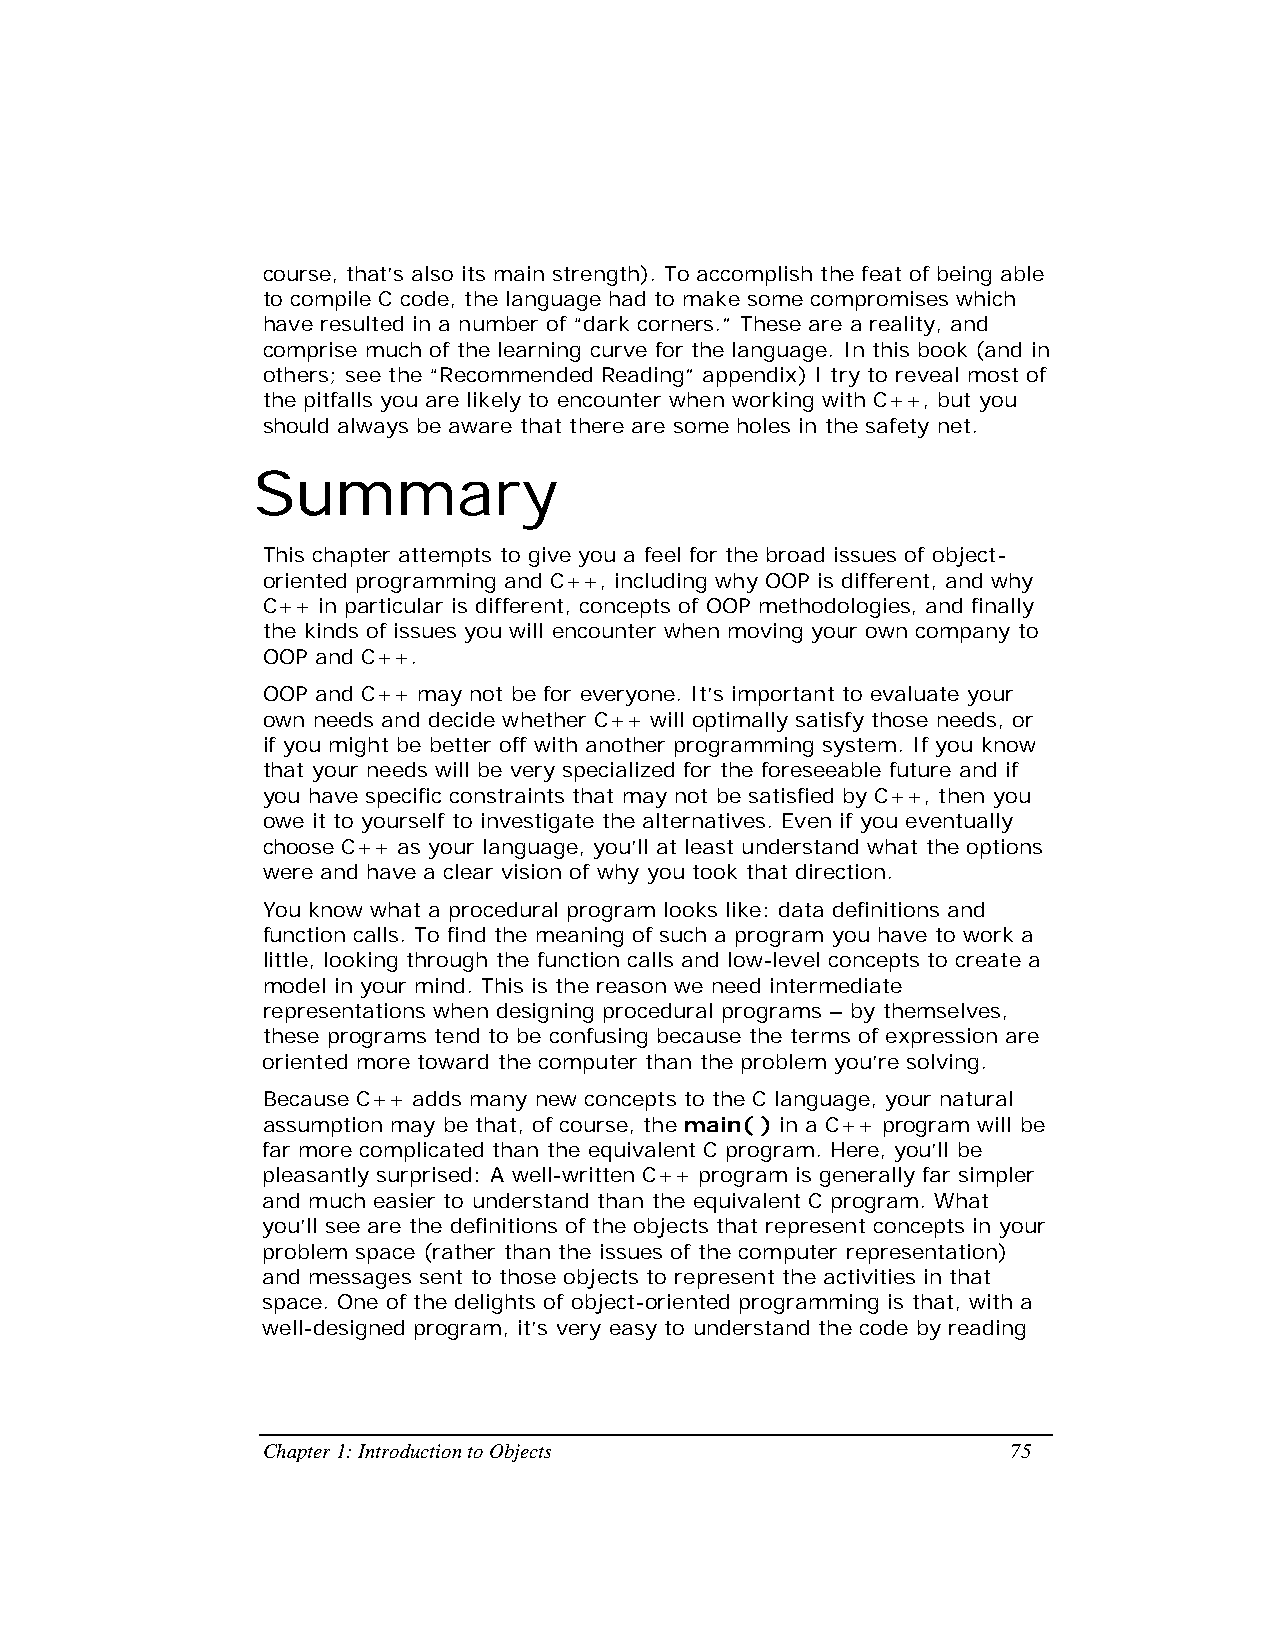
course, that’s also its main strength). To accomplish the feat of being able
 to compile C code, the language had to make some compromises which
 have resulted in a number of “dark corners.” These are a reality, and
 comprise much of the learning curve for the language. In this book (and in
 others; see the “Recommended Reading” appendix) I try to reveal most of
 the pitfalls you are likely to encounter when working with C++, but you
 should always be aware that there are some holes in the safety net.
 Summary
 This chapter attempts to give you a feel for the broad issues of object-
 oriented programming and C++, including why OOP is different, and why
 C++ in particular is different, concepts of OOP methodologies, and finally
 the kinds of issues you will encounter when moving your own company to
 OOP and C++.
 OOP and C++ may not be for everyone. It’s important to evaluate your
 own needs and decide whether C++ will optimally satisfy those needs, or
 if you might be better off with another programming system. If you know
 that your needs will be very specialized for the foreseeable future and if
 you have specific constraints that may not be satisfied by C++, then you
 owe it to yourself to investigate the alternatives. Even if you eventually
 choose C++ as your language, you’ll at least understand what the options
 were and have a clear vision of why you took that direction.
 You know what a procedural program looks like: data definitions and
 function calls. To find the meaning of such a program you have to work a
 little, looking through the function calls and low-level concepts to create a
 model in your mind. This is the reason we need intermediate
 representations when designing procedural programs – by themselves,
 these programs tend to be confusing because the terms of expression are
 oriented more toward the computer than the problem you’re solving.
 Because C++ adds many new concepts to the C language, your natural
 assumption may be that, of course, the main( ) in a C++ program will be
 far more complicated than the equivalent C program. Here, you’ll be
 pleasantly surprised: A well-written C++ program is generally far simpler
 and much easier to understand than the equivalent C program. What
 you’ll see are the definitions of the objects that represent concepts in your
 problem space (rather than the issues of the computer representation)
 and messages sent to those objects to represent the activities in that
 space. One of the delights of object-oriented programming is that, with a
 well-designed program, it’s very easy to understand the code by reading
 Chapter 1: Introduction to Objects                75